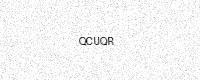
Text: QCUQR